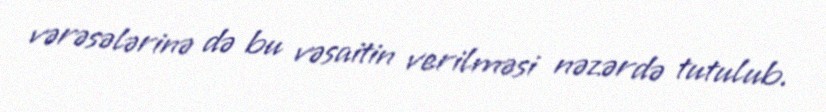
vərəsələrinə də bu vəsaitin verilməsi nəzərdə tutulub.